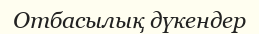
Отбасылық дүкендер